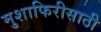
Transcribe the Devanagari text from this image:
मुशाफिरीसाठी